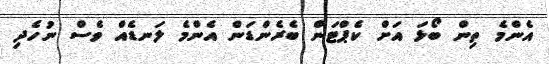
އެންމެ ތިން ބޯޅަ އަށް ކެޕްޓަން ބެރެންޑަން އެންމެ ލަނޑެއް ވެސް ނުހެދި